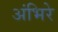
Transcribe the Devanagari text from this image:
अंभिरे